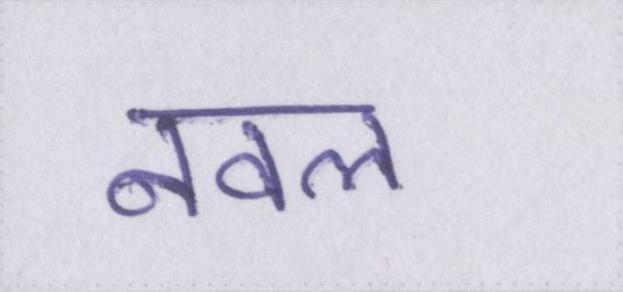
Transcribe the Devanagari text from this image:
नवल